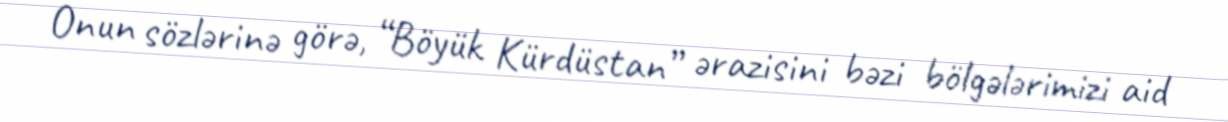
Onun sözlərinə görə, “Böyük Kürdüstan” ərazisini bəzi bölgələrimizi aid